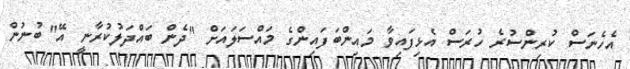
އެހެނަސް ކުރިންސުރެ ހުރަސް އެޅިފައިވާ މައިންބަފައިންގެ މައްސަލައަށް "ދެން ބައްދަލުކުރާނީ އޭ" ބުނުން